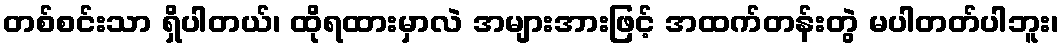
တစ်စင်းသာ ရှိပါတယ်၊ ထိုရထားမှာလဲ အများအားဖြင့် အထက်တန်းတွဲ မပါတတ်ပါဘူး၊